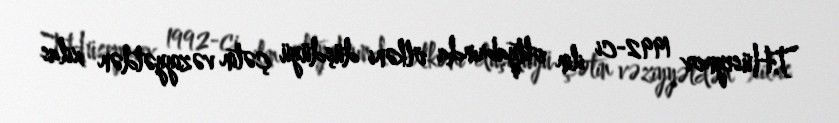
T.Hüseynov 1992-ci ilin oktyabrında ölkəni düşdüyü çətin vəziyyətdən xilas